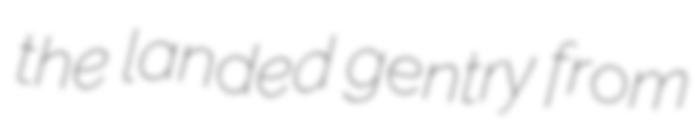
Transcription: the landed gentry from